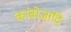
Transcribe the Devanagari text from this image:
कांबोजादि